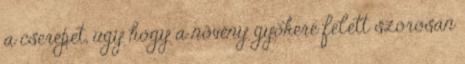
a cserepet, úgy hogy a növény gyökere felett szorosan